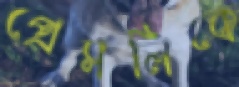
প্রেসলিকে